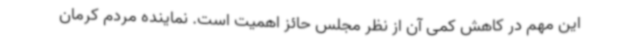
این مهم در کاهش کمی آن از نظر مجلس حائز اهمیت است. نماینده مردم کرمان